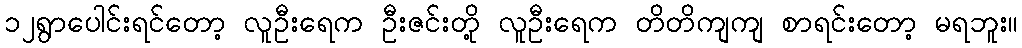
၁၂ရွာပေါင်းရင်တော့ လူဦးရေက ဦးဇင်းတို့ လူဦးရေက တိတိကျကျ စာရင်းတော့ မရဘူး။